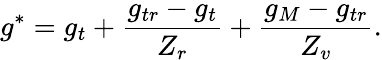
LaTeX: g^{\ast}=g_{t}+\frac{g_{tr}-g_{t}}{Z_{r}}+\frac{g_{M}-g_{tr}}{Z_{v}}.